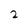
Character: 2